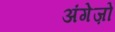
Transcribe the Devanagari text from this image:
अंगेज़ो